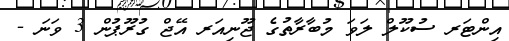
އިންޓަރ ސުކޫލް ލަވަ މުބާރާތުގެ ޖޫނިއަރ އޭޖް ގުރޫޕުން 3 ވަނަ -